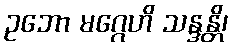
ဥဘော မဂ္ဂေဟိ သန္ဒန္တိ၊